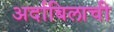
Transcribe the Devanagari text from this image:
अर्दाबिलाची